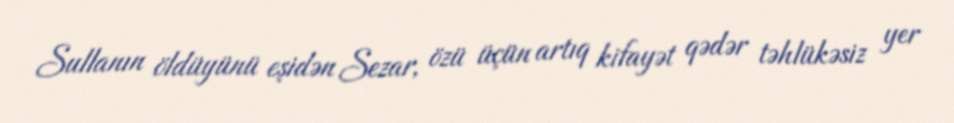
Sullanın öldüyünü eşidən Sezar, özü üçün artıq kifayət qədər təhlükəsiz yer